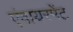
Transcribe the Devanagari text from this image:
एंवायरमेंट